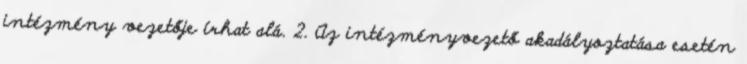
intézmény vezetője írhat alá. 2. Az intézményvezető akadályoztatása esetén